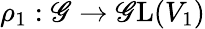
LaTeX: \rho_{1}:\mathscr{G}\to{\mathrm{{\mathscr{G}L}}}(V_{1})